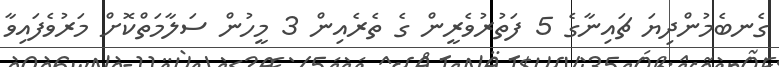
ގެނބެމުންދިޔަ ޗައިނާގެ 5 ފަތުރުވެރީން ގެ ތެރެއިން 3 މީހުން ސަލާމަތްކޮށް މަރުވެފައިވާ